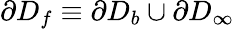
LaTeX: \partial D_{f}\equiv\partial D_{b}\cup\partial D_{\infty}